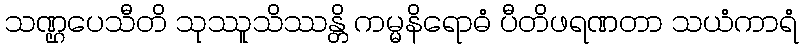
သဏ္ဌပေသီတိ သုဿူသိဿန္တိ ကမ္မနိရောဓံ ပီတိဖရဏတာ သယံကာရံ